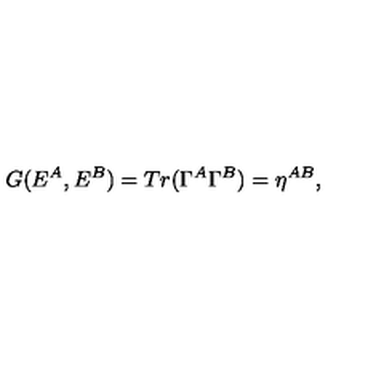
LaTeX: G ( E ^ { A } , E ^ { B } ) = T r ( \Gamma ^ { A } \Gamma ^ { B } ) = \eta ^ { A B } , \nonumber